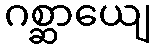
ဂစ္ဆာယျေ